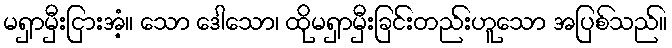
မရှာမှီးငြားအံ့။ သော ဒေါသော၊ ထိုမရှာမှီးခြင်းတည်းဟူသော အပြစ်သည်။